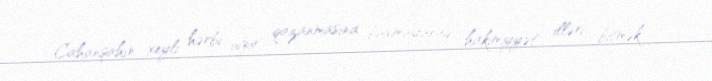
Cahanşahın xeyli hərbi uğur qazanmasına baxmayaraq, hakimiyyət illəri bitmək